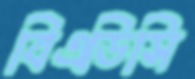
বিএডিসি